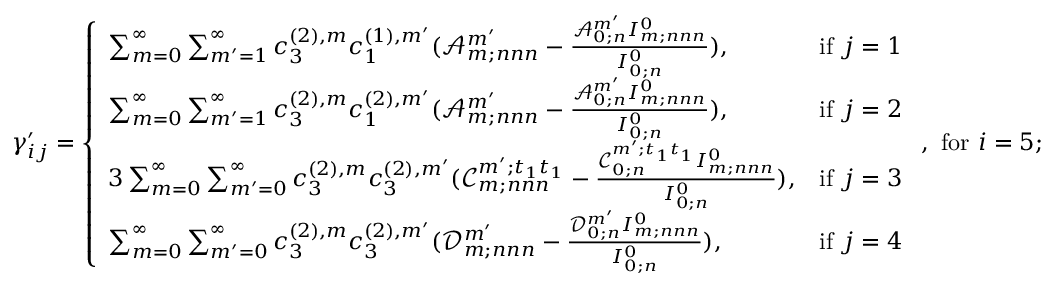
\gamma _ { i j } ^ { \prime } = \left\{ \begin{array} { l l } { \sum _ { m = 0 } ^ { \infty } \sum _ { m ^ { \prime } = 1 } ^ { \infty } c _ { 3 } ^ { ( 2 ) , m } c _ { 1 } ^ { ( 1 ) , m ^ { \prime } } ( \mathscr { A } _ { m ; n n n } ^ { m ^ { \prime } } - \frac { \mathscr { A } _ { 0 ; n } ^ { m ^ { \prime } } I _ { m ; n n n } ^ { 0 } } { I _ { 0 ; n } ^ { 0 } } ) , } & { \mathrm { i f ~ } j = 1 } \\ { \sum _ { m = 0 } ^ { \infty } \sum _ { m ^ { \prime } = 1 } ^ { \infty } c _ { 3 } ^ { ( 2 ) , m } c _ { 1 } ^ { ( 2 ) , m ^ { \prime } } ( \mathscr { A } _ { m ; n n n } ^ { m ^ { \prime } } - \frac { \mathscr { A } _ { 0 ; n } ^ { m ^ { \prime } } I _ { m ; n n n } ^ { 0 } } { I _ { 0 ; n } ^ { 0 } } ) , } & { \mathrm { i f ~ } j = 2 } \\ { 3 \sum _ { m = 0 } ^ { \infty } \sum _ { m ^ { \prime } = 0 } ^ { \infty } c _ { 3 } ^ { ( 2 ) , m } c _ { 3 } ^ { ( 2 ) , m ^ { \prime } } ( \mathscr { C } _ { m ; n n n } ^ { m ^ { \prime } ; t _ { 1 } t _ { 1 } } - \frac { \mathscr { C } _ { 0 ; n } ^ { m ^ { \prime } ; t _ { 1 } t _ { 1 } } I _ { m ; n n n } ^ { 0 } } { I _ { 0 ; n } ^ { 0 } } ) , } & { \mathrm { i f ~ } j = 3 } \\ { \sum _ { m = 0 } ^ { \infty } \sum _ { m ^ { \prime } = 0 } ^ { \infty } c _ { 3 } ^ { ( 2 ) , m } c _ { 3 } ^ { ( 2 ) , m ^ { \prime } } ( \mathscr { D } _ { m ; n n n } ^ { m ^ { \prime } } - \frac { \mathscr { D } _ { 0 ; n } ^ { m ^ { \prime } } I _ { m ; n n n } ^ { 0 } } { I _ { 0 ; n } ^ { 0 } } ) , } & { \mathrm { i f ~ } j = 4 } \end{array} \right. , \mathrm { ~ f o r ~ } i = 5 ;